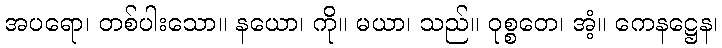
အပရော၊ တစ်ပါးသော။ နယော၊ ကို။ မယာ၊ သည်။ ဝုစ္စတေ၊ အံ့။ ကေနဋ္ဌေန၊